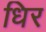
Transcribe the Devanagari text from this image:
धिर